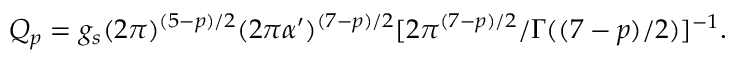
Q _ { p } = g _ { s } ( 2 \pi ) ^ { ( 5 - p ) / 2 } ( 2 \pi \alpha ^ { \prime } ) ^ { ( 7 - p ) / 2 } [ 2 \pi ^ { ( 7 - p ) / 2 } / \Gamma ( ( 7 - p ) / 2 ) ] ^ { - 1 } .